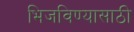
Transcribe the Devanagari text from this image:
भिजविण्यासाठी